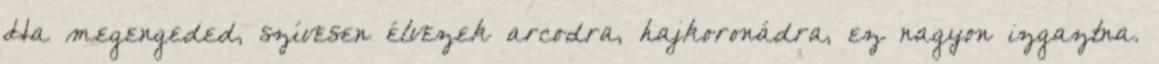
Ha megengeded, szívesen élvezek arcodra, hajkoronádra, ez nagyon izgaztna.